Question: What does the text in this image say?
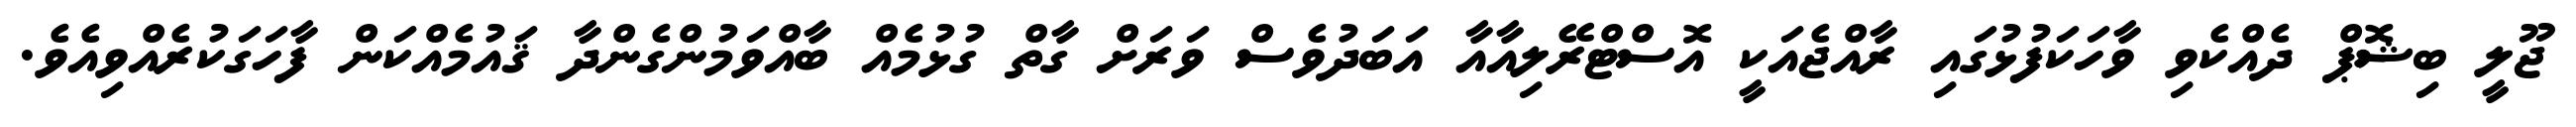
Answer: ޖޫލީ ބިޝޮޕް ދެއްކެވި ވާހަކަފުޅުގައި ރާއްޖެއަކީ އޮސްޓްރޭލިއާއާ އަބަދުވެސް ވަރަށް ގާތް ގުޅުމެއް ބާއްވަމުންގެންދާ ޤައުމެއްކަން ފާހަގަކުރެއްވިއެވެ.